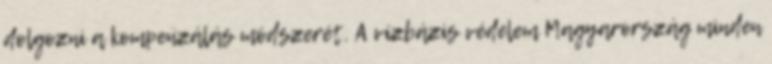
dolgozni a kompenzálás módszerét. A vízbázis védelem Magyarország minden